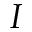
I